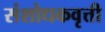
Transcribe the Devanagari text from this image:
संशोधकवृत्ती